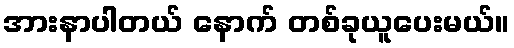
အားနာပါတယ် နောက် တစ်ခုယူပေးမယ်။